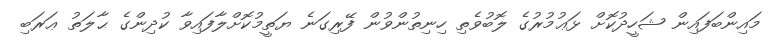
މައިންބަފައިން ޝަހީދުކޮށް ޅަޢުމުރުގެ ލޮބުވެތި ހިނިތުންވުން ފޭރިގަނެ ޔަތީމުކޮށްލާފައިވާ ކުދިންގެ ޙާލަތު ޢަރަބި